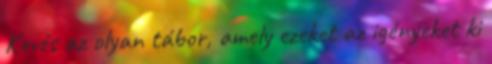
Kevés az olyan tábor, amely ezeket az igényeket ki